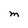
Character: M